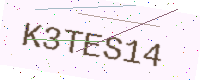
Text: K3TES14